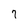
Character: 7